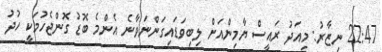
22:47 ނިޒާރު: މިއަދު ރައީސް ޔާމިންއަށް ލިބިވަޑައިގަންނަވާނެ އެންމެ ބޮޑު ގޮންޖެހުމަކީ ހުދު